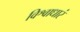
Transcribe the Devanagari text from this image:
विश्वाधारं